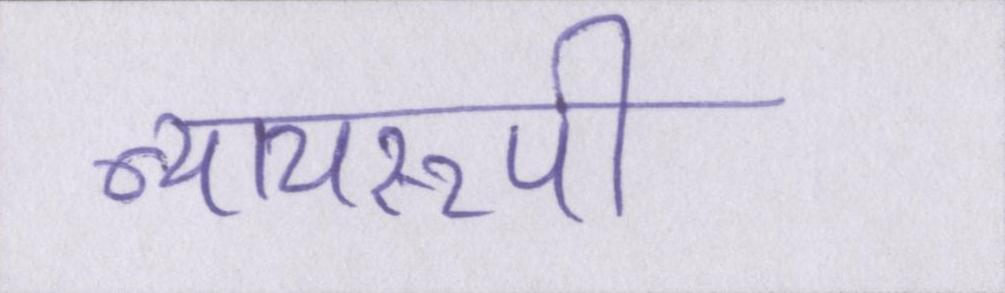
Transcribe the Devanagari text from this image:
न्यायरूपी